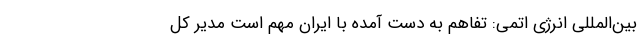
بین‌المللی انرژی اتمی: تفاهم به دست آمده با ایران مهم است مدیر کل